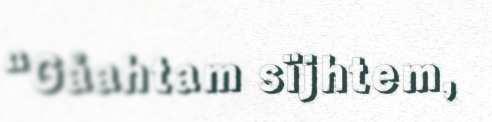
“Gåahtam sïjhtem,